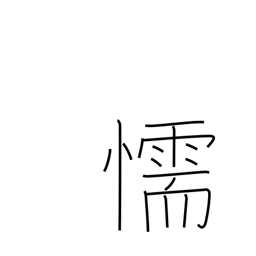
Meaning: cowardice